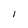
Character: I